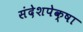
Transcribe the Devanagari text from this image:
संदेशपेक्षा